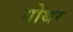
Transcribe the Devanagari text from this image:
गोथर